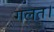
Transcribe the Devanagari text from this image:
गलत।